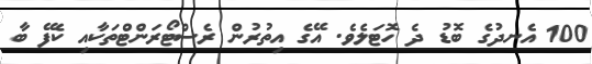
100 އެނދުގެ ބޮޑު ދެ ހޮޓަލެވެ. އޭގެ އިތުރުން ރެސްޓޯރަންޓްތަކާއި ކެފޭ ބާ